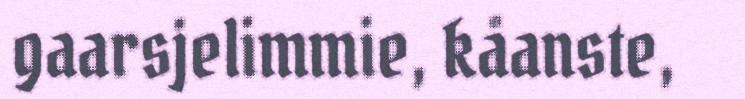
gaarsjelimmie, kåanste,